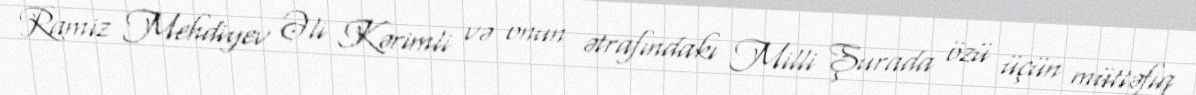
Ramiz Mehdiyev Əli Kərimli və onun ətrafındakı Milli Şurada özü üçün müttəfiq